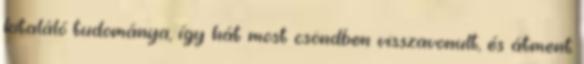
kitaláló tudománya, így hát most csöndben visszavonult, és átment